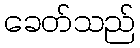
ခေတ်သည်